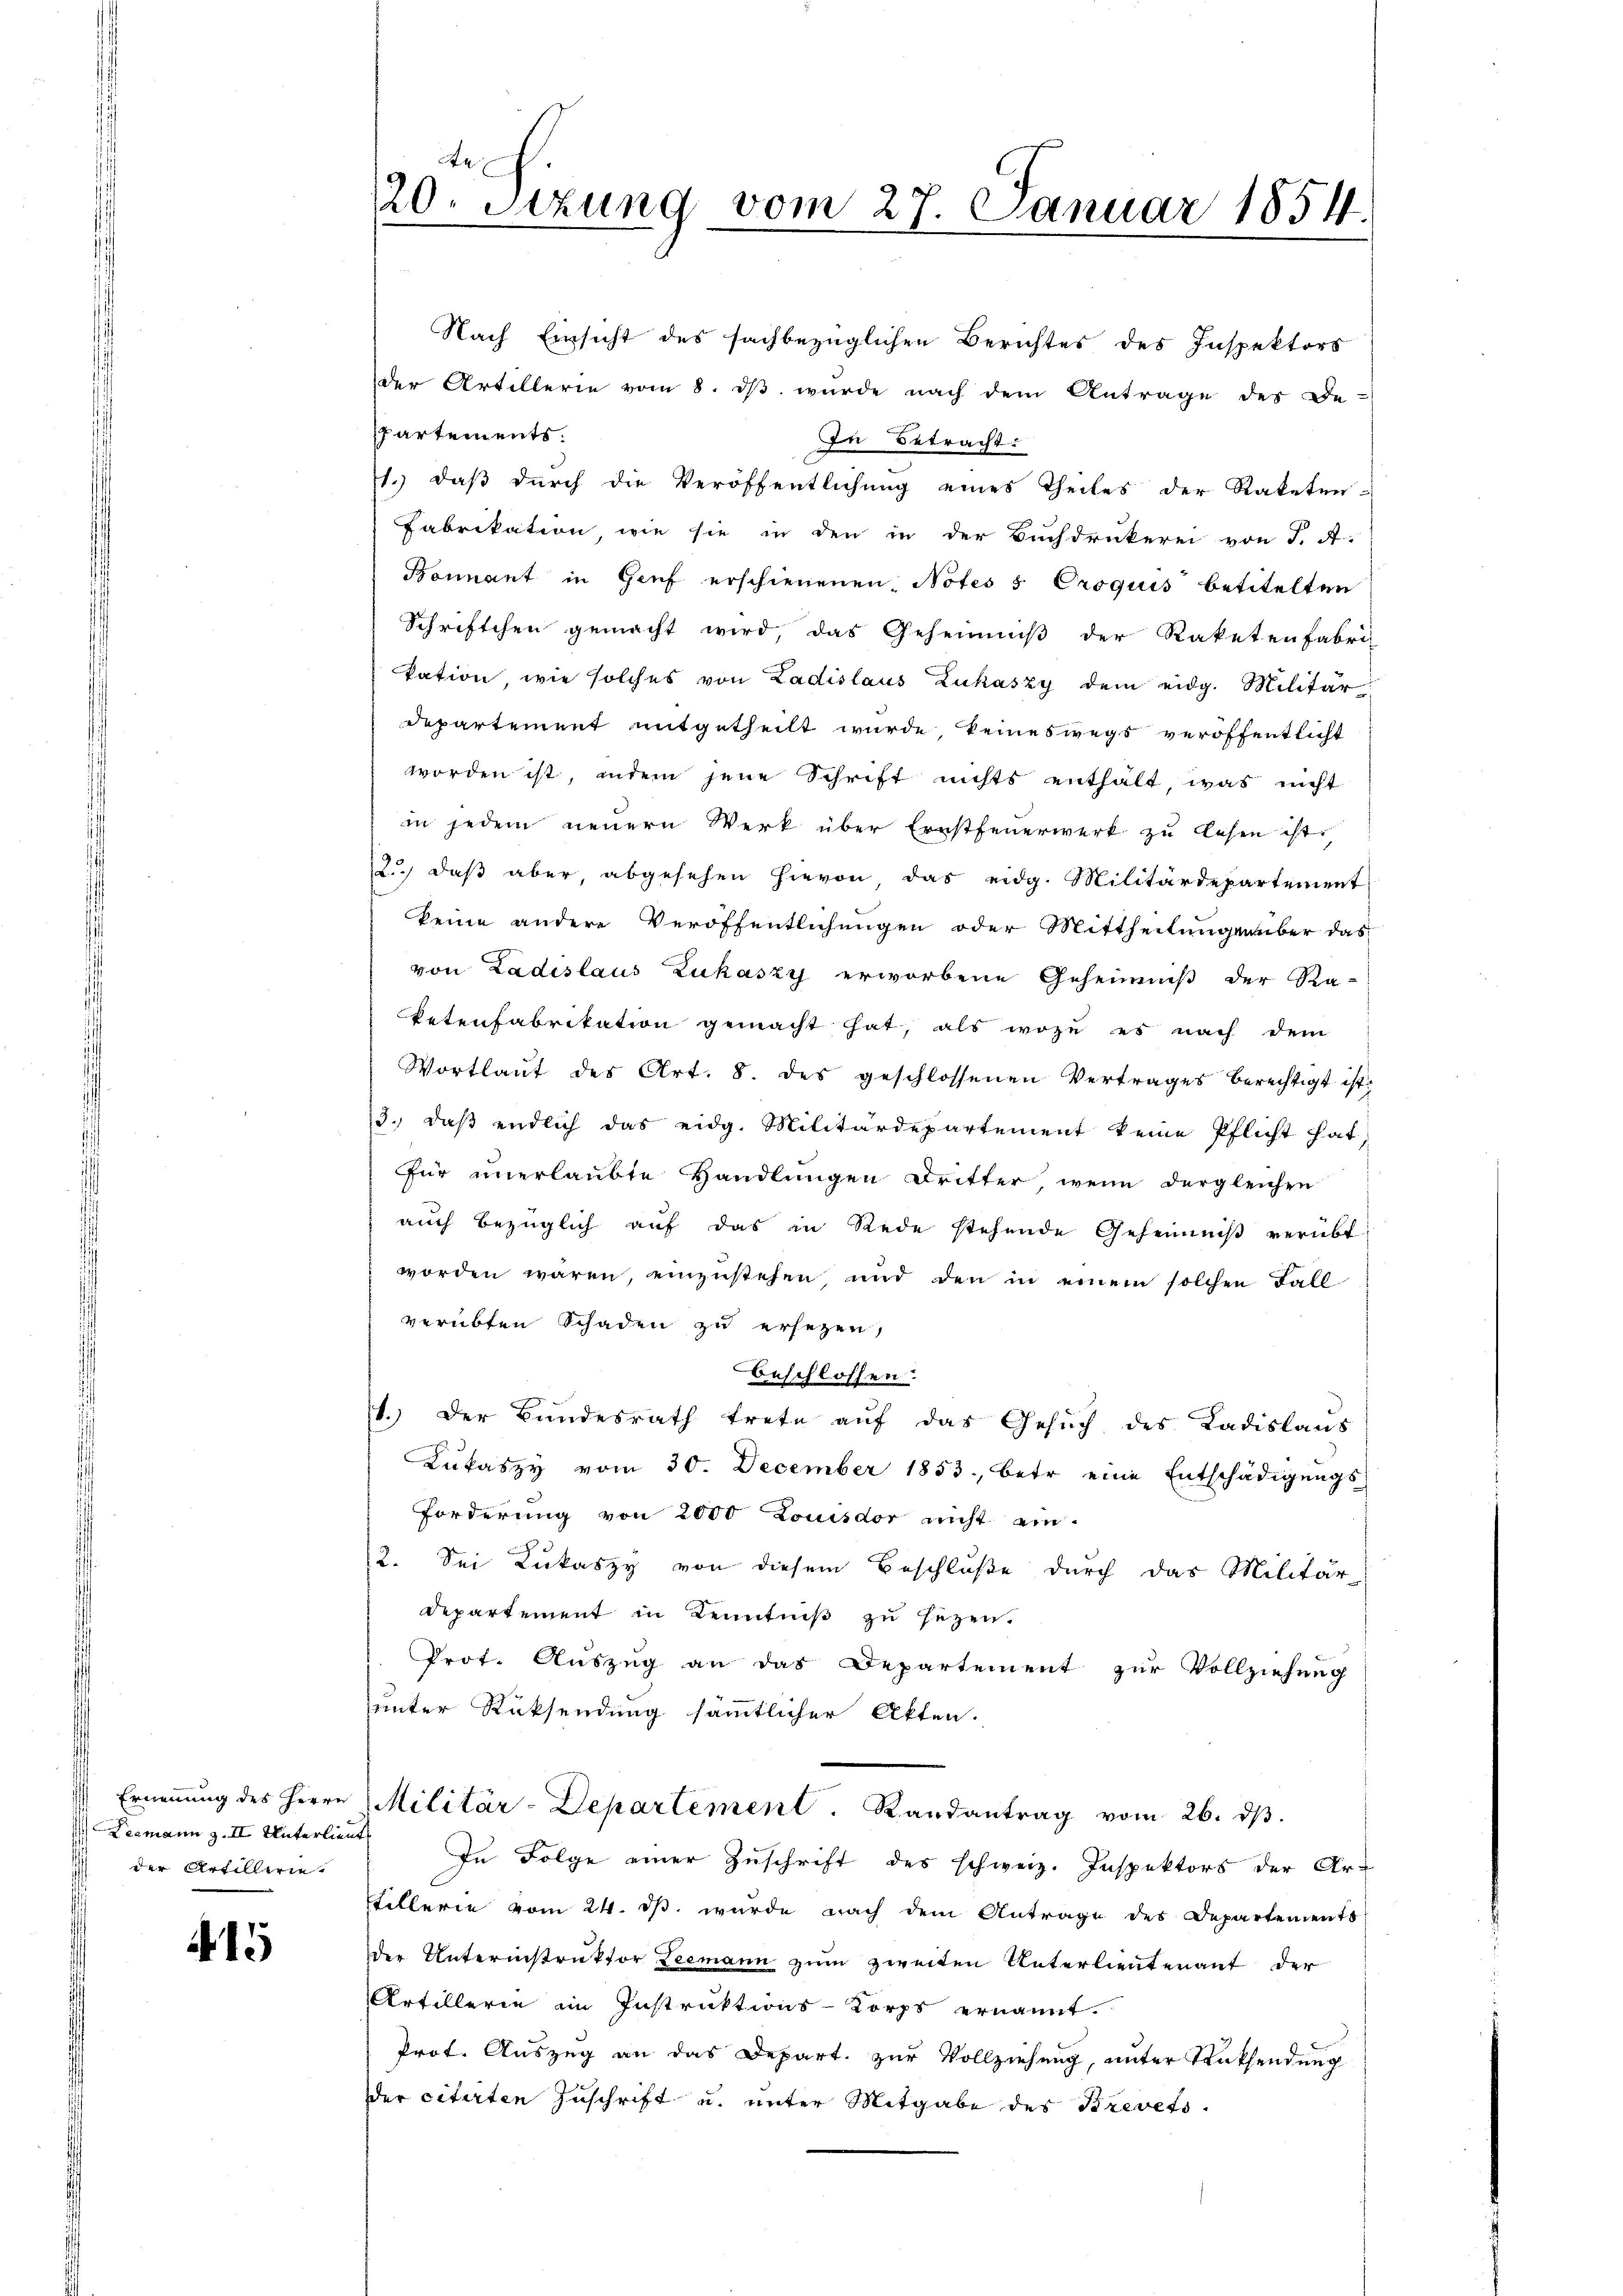
Leemann z. II Unterlieuts
der Artillern.

415

Nach Einsicht des sachbezüglichen Berichtes des Inspektors
der Artillerie vom 8. dβ wŭrde nach dem Antrage des De-
Partements.
In Betracht:
1.) daß durch die Veröffentlichung eines Theiles der Raketen-
Fabrikation wie sie in den in der Buchdrukerei von J. A.
Bonnant in Genf erschienenen Notes s Croquis betitelten
Schriftchen gemacht wird, das Geheimniß der Raketenfabri
kation wie solches von Ladislaus Lukászy dem eidg. Militär
departement mitgetheilt wurde keineswegs veröffentlicht
worden ist, indem jene Schrift nichts enthalt, was nicht
in jedem neuern Werk über Ernstfeŭerwerk zu lesen ist,
12.) daß aber, abgesehen hievon das eidg. Militärdepartement
keine andere Veröffentlichungen oder Mittheilungenüber das
von Ladislaus Zukászy erworbene Geheimniß der Ra-
ketenfabrikation gemacht hat, als wozu es nach dem
Wortlaut des Art. 8. des geschlossenen Vertrages berechtigt ist.
13. daß endlich das eidg. Militärdepartement keine Pflicht hat
für unerlaubte Handlungen Dritter, wenn dergleichen
auch bezüglich auf das in Rede stehende Geheimniß verübt
worden wären, einzustehen, und den in einem solchen Fall
verübten Schaden zu ersezen,
Beschlossen.
1.) Der Bundesrath trete auf das Gesuch des Ladislaus
Lukaszy vom 30. December 1853, betr. eine Entschädigungs-
Forderung von 2000 Louisdor nicht ein-
2. Sei Kukaszy von diesem Beschluße durch das Militär-
Departement in Kenntniß zu sezen.
Prot. Auszug an das Departement zur Vollziehung
unter Rücksendung sämmtlicher Akten.
Ernennung des Herrn Militär-Departement. Randantrag vom 26. dβ.
In Folge einer Zuschrift des schweiz. Inspektors der Ar-
Stillerie vom 24. ds. wurde nach dem Antrage des Departements
der Unterinstruktor Leemann zum zweiten Unterlieutenant der
Artillerie im Instruktions-Korps ernannt.
Prot. Auszug an das Depart. zur Vollziehung, unter Rücksendung
er citirten Zuschrift u. unter Mitgabe des Brevets.

Ae
20. Setzung vom 27. Januar 1854.